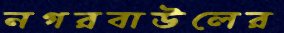
নগরবাউলের